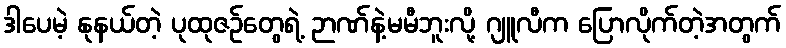
ဒါပေမဲ့ နုနယ်တဲ့ ပုထုဇဉ်တွေရဲ့ ဉာဏ်နဲ့မမီဘူးလို့ ဂျူလီက ပြောလိုက်တဲ့အတွက်